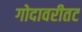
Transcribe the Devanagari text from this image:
गोदावरीतट